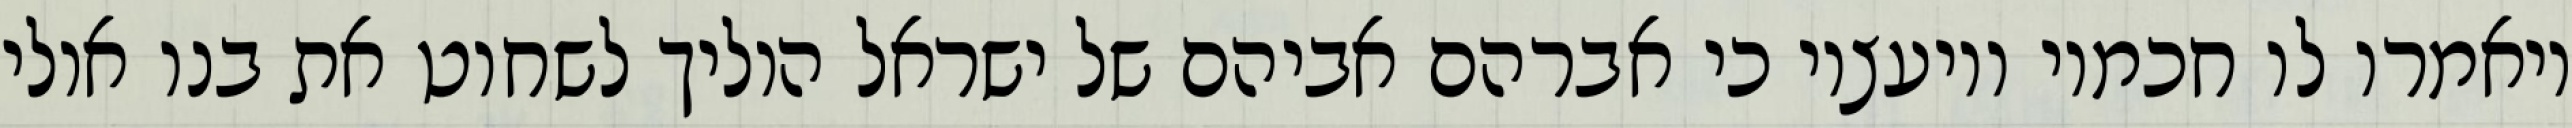
ויאמרו לו חכמיו ויועציו כי אברהם אביהם של ישראל הוליך לשחוט את בנו אולי